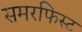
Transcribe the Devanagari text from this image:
समरफिस्ट